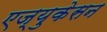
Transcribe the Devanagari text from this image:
एज्युकेसन